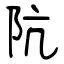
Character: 阬